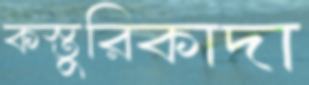
কস্তুরিকাদা